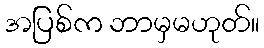
အပြစ်က ဘာမှမဟုတ်။